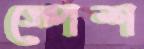
স্পেশ